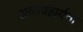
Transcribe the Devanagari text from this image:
अव्यवहार्यता